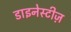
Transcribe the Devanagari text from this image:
डाइनेस्टीज़